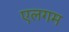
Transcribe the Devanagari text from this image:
एलगम